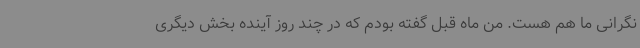
نگرانی ما هم هست. من ماه قبل گفته بودم که در چند روز آینده بخش دیگری